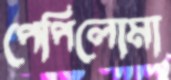
পেপিলোমা